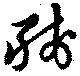
残